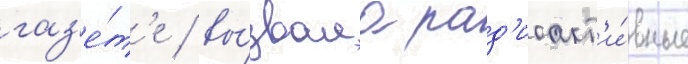
газ'е́т'е / вы́звала рад'иоакт'и́вные